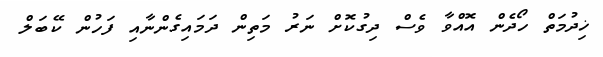
ޚިދުމަތް ހޯދެން އޮއްވާ ވެސް ދިގުކޮށް ނަރު މަތިން ދަމައިގެންނާއި ފަހުން ކޭބަލް